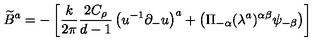
\widetilde { B } ^ { a } = - \left[ \frac { k } { 2 \pi } \frac { 2 C _ { \rho } } { d - 1 } \left( u ^ { - 1 } \partial _ { - } u \right) ^ { a } + \left( \Pi _ { - \alpha } ( \lambda ^ { a } ) ^ { \alpha \beta } \psi _ { - \beta } \right) \right]